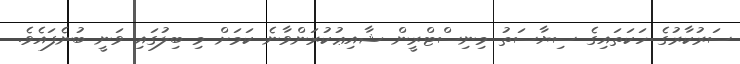
ސަރުކާރުގެ ހަކަތައިގެ ސިޔާސަތު މިނިސްޓްރީން ޝާއިޢުކުރަންވާނެ ކަމަށް މި ބިލުގައި ވަނީ ބުނެފައެވެ.